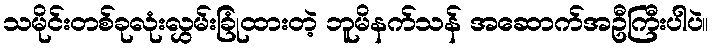
သမိုင်းတစ်ခုလုံးလွှမ်းခြုံထားတဲ့ ဘူမိနက်သန် အဆောက်အဦကြီးပါပဲ။